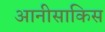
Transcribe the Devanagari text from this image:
आनीसाकिस